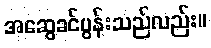
အဆွေခင်ပွန်းသည်လည်း။